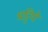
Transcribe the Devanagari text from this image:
भट्टियो